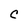
Character: C